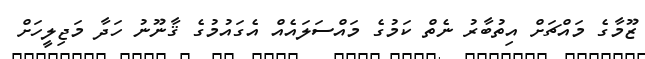
ޒޫމާގެ މައްޗަށް އިތުބާރު ނެތް ކަމުގެ މައްސަލައެއް އެގައުމުގެ ޤާނޫނު ހަދާ މަޖިލީހަށް